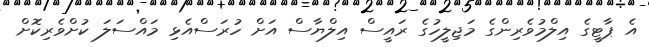
އެ ޕާޓީގެ އިލްމުވެރިންގެ މަޖިލީހުގެ ރައީސް އިލްޔާސް އަށް ހުރަސްއެޅި މައްސަލަ ކުށްވެރިކޮށް